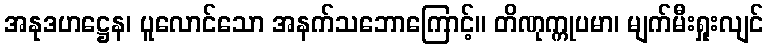
အနုဒဟဋ္ဌေန၊ ပူလောင်သော အနက်သဘောကြောင့်။ တိဏုက္ကုပမာ၊ မျက်မီးရှုးလျင်